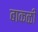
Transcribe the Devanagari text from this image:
बाकळी